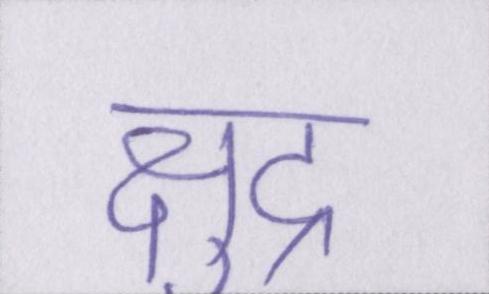
क्षुद्र